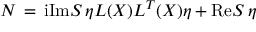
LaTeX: { \cal N } \, = \, \mathrm { i } \mathrm { I m } S \, \eta L ( X ) L ^ { T } ( X ) \eta + \mathrm { R e } S \, \eta